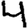
Digit: 4